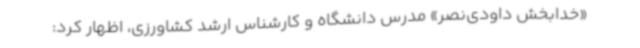
«خدابخش داودی‌نصر» مدرس دانشگاه و کارشناس ارشد کشاورزی، اظهار کرد: